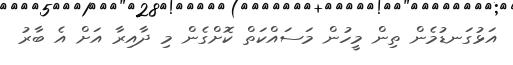
އަޅުގަނޑުމެން ތިން މީހުން މަސައްކަތް ކޮށްގެން މި ދާއިރާ އަށް އެ ބާރު